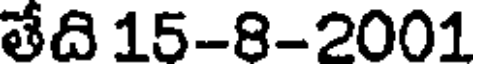
తేది 15-8-2001